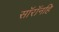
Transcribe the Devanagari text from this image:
सॉरॉनहि